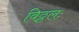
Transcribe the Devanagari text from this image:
विठ्ठलः